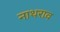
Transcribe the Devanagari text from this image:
नाथराव